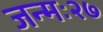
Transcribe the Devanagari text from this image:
जन्मः२७